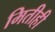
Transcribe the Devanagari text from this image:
मितीही